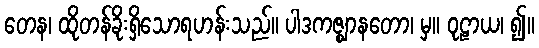
တေန၊ ထိုတန်ခိုးရှိသောရဟန်းသည်။ ပါဒကဇ္ဈာနတော၊ မှ။ ဝုဠာယ၊ ၍။